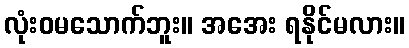
လုံးဝမသောက်ဘူး။ အအေး ရနိုင်မလား။